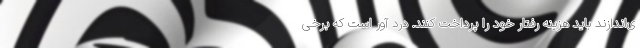
ی‌اندازند باید هزینه رفتار خود را پرداخت کنند. درد آور است که برخی